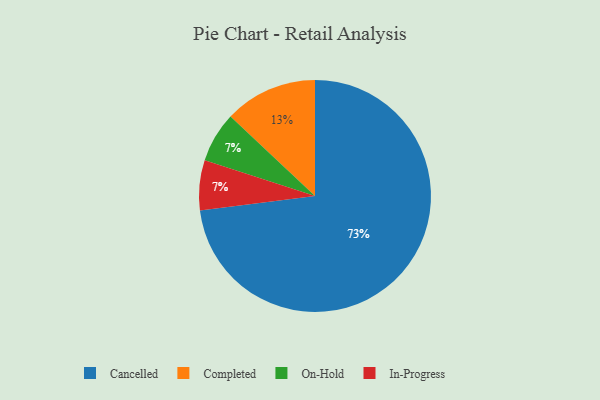
{"axis": {"x": "Category", "y": "Percentage"}, "legend": ["Cancelled", "Completed", "In-Progress", "On-Hold"], "data": [{"x": "Completed", "y": 13, "type": "Completed"}, {"x": "On-Hold", "y": 7, "type": "On-Hold"}, {"x": "Cancelled", "y": 73, "type": "Cancelled"}, {"x": "In-Progress", "y": 7, "type": "In-Progress"}]}